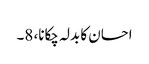
احسان کا بدلہ چکانا، 8۔